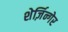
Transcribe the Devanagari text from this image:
शेर्ज़िन्गेर